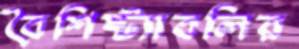
বৈশিষ্ট্যাবলির